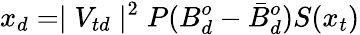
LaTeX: x_{d}=\mid V_{td}\mid^{2}P(B_{d}^{o}-\bar{B}_{d}^{o})S(x_{t})